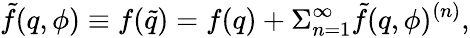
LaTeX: \tilde{f}(q,\phi)\equiv f(\tilde{q})=f(q)+\Sigma_{n=1}^{\infty}\tilde{f}(q,\phi)^{(n)},